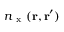
n _ { \mathrm { ~ x ~ } } ( \ensuremath { \mathbf { r } } , \ensuremath { \mathbf { r } } ^ { \prime } )